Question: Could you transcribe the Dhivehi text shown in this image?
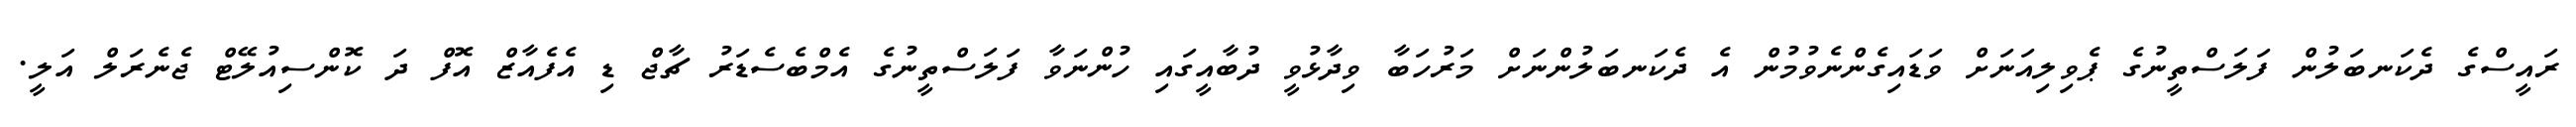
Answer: ރައީސްގެ ދެކަނބަލުން ފަލަސްތީނުގެ ޕެވިލިއަނަށް ވަޑައިގެންނެވުމުން އެ ދެކަނބަލުންނަށް މަރުހަބާ ވިދާޅުވީ ދުބާއީގައި ހުންނަވާ ފަލަސްތީނުގެ އެމްބެސެޑަރު ޗާޖް ޑި އެފެއާޒް އޮފް ދަ ކޮންސިއުލޭޓް ޖެނެރަލް އަލީ.